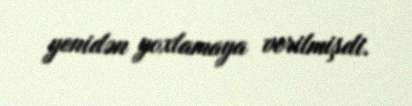
yenidən yoxlamaya verilmişdi.